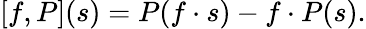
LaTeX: [f,P](s)=P(f\cdot s)-f\cdot P(s).